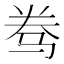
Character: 𱅑